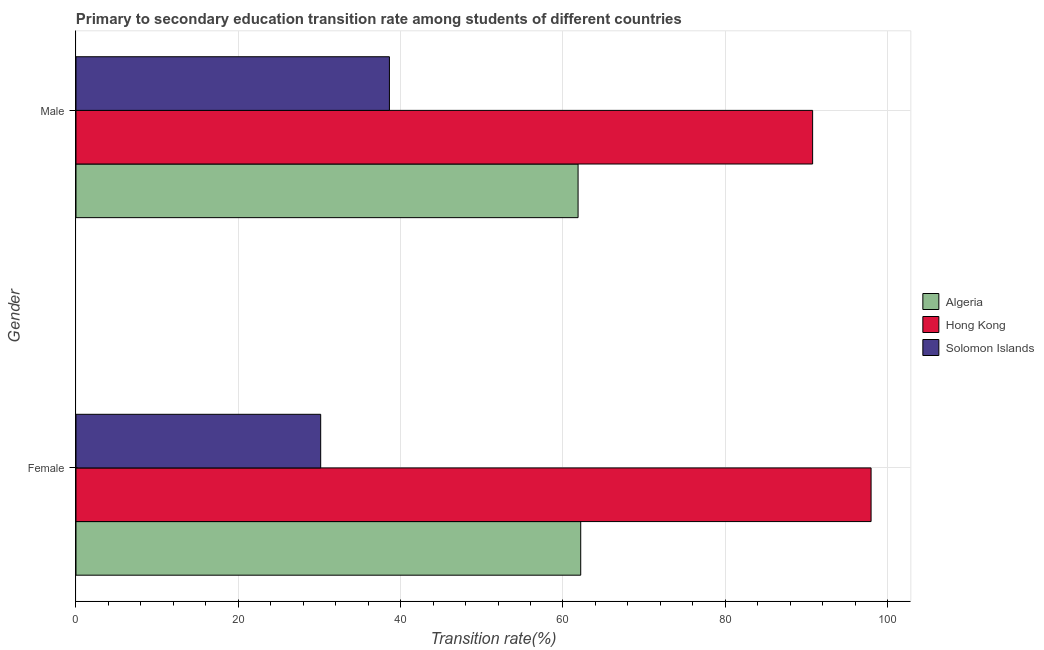
| Gender | Algeria | Hong Kong | Solomon Islands |
 | --- | --- | --- | --- |
 | Female | 62.2 | 98 | 30.1 |
 | Male | 61.9 | 90.8 | 38.6 |